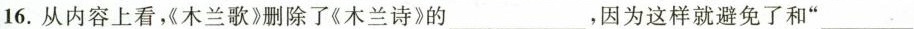
16.从内容上看，《木兰歌》删除了《木兰诗》的___,因为这样酒避免了和“___